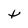
Character: t